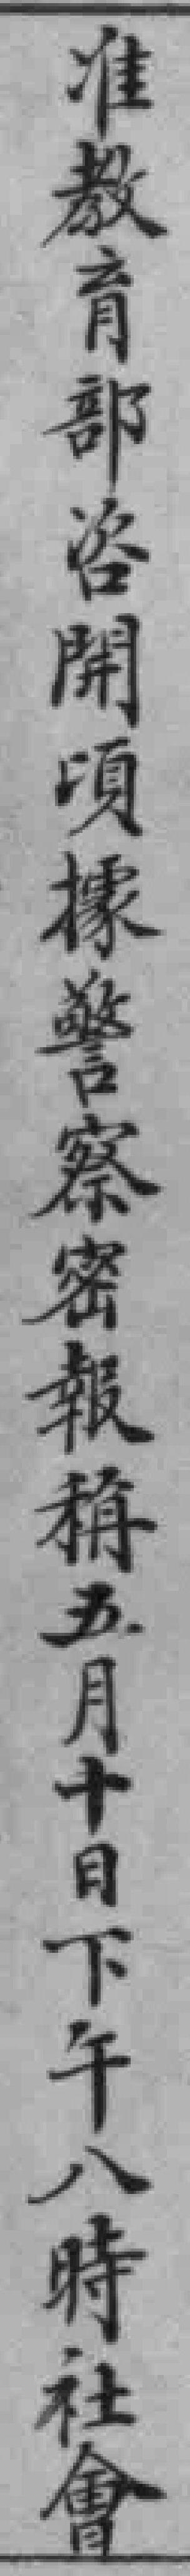
准教育部咨開頃據警察密報稱五月十日下午八時社會